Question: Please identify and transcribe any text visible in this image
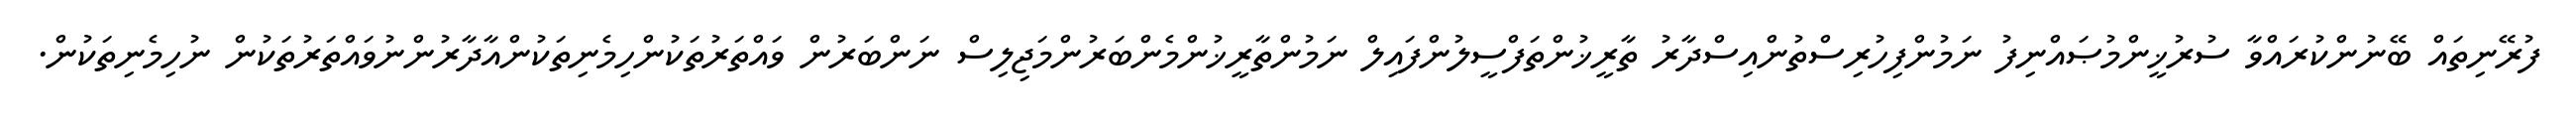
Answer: ފުރޭނިތައް ބޭނުންކުރައްވާ ސުރުޚީންމުޞައްނިފު ނަމުންފިހުރިސްތުންއިސްދާރު ތާރީޚުންތަފްސީލުންފައިލް ނަމުންތާރީޚުންމެންބަރުންމަޖިލިސް ނަންބަރުން ވައްތަރުތަކުންހިމެނިތަކުންއާދާރުންނުވައްތަރުތަކުން ނުހިމެނިތަކުން.